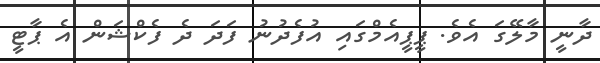
ދާނީ މާލޭގަ އެވެ. ޕީޕީއެމްގައި އުފެދުނު ފަދަ ދެ ފެކްޝަން އެ ޕާޓީ